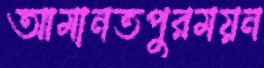
আমানতপুরময়ন